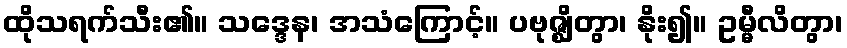
ထိုသရက်သီး၏။ သဒ္ဒေန၊ အသံကြောင့်။ ပဗုဇ္ဈိတွာ၊ နိုး၍။ ဥမ္မီလိတွာ၊